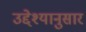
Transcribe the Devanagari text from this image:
उद्देश्यानुसार